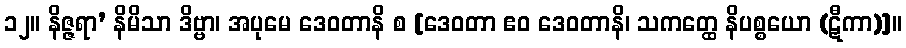
၁၂။ နိဇ္ဇရာ’ နိမိသာ ဒိဗ္ဗာ၊ အပုမေ ဒေဝတာနိ စ [ဒေဝတာ ဧဝ ဒေဝတာနိ၊ သကတ္ထေ နိပစ္စယော (ဋီကာ)]။